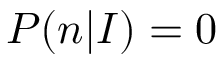
P ( n | I ) = 0